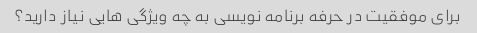
برای موفقیت در حرفه برنامه نویسی به چه ویژگی هایی نیاز دارید؟